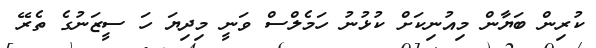
ކުރިން ބަޔާން މިއުނިކަށް ކުޅުނު ހަމެލްސް ވަނީ މިދިޔަ ހަ ސީޒަނުގެ ތެރޭ